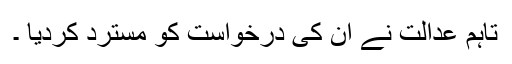
تاہم عدالت نے ان کی درخواست کو مسترد کردیا ۔